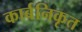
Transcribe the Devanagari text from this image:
कार्बनिकृत